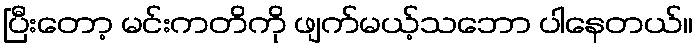
ပြီးတော့ မင်းကတိကို ဖျက်မယ့်သဘော ပါနေတယ်။